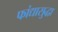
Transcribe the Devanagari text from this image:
फांद्यासुद्धा